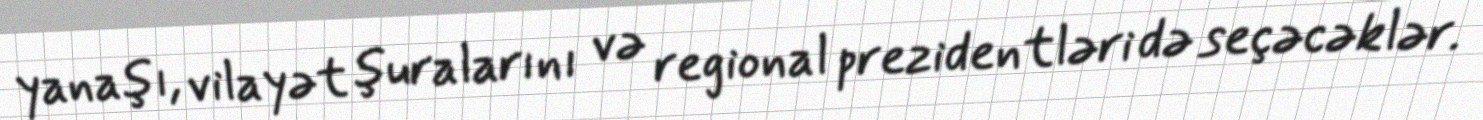
yanaşı, vilayət şuralarını və regional prezidentləri də seçəcəklər.